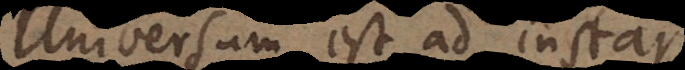
Universum est ad instar